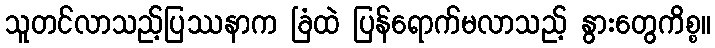
သူတင်လာသည့်ပြဿနာက ခြံထဲ ပြန်ရောက်မလာသည့် နွားတွေကိစ္စ။